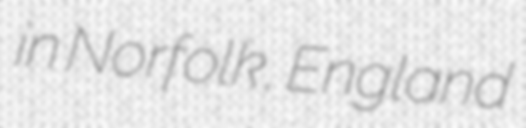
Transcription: in Norfolk, England